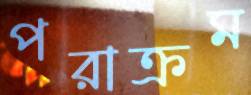
পরাক্রম